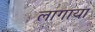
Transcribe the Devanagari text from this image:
लागाया